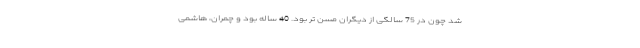
شد چون در 75 سالگی از دیگران مسن تر بود. 40 ساله بود و چمران، هاشمی